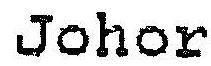
JOHOR